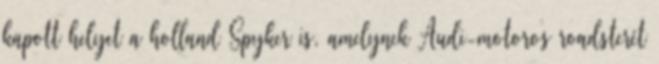
kapott helyet a holland Spyker is, amelynek Audi-motoros roadsterét